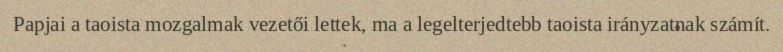
Papjai a taoista mozgalmak vezetői lettek, ma a legelterjedtebb taoista irányzatnak számít.